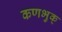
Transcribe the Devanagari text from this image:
कणभुक्